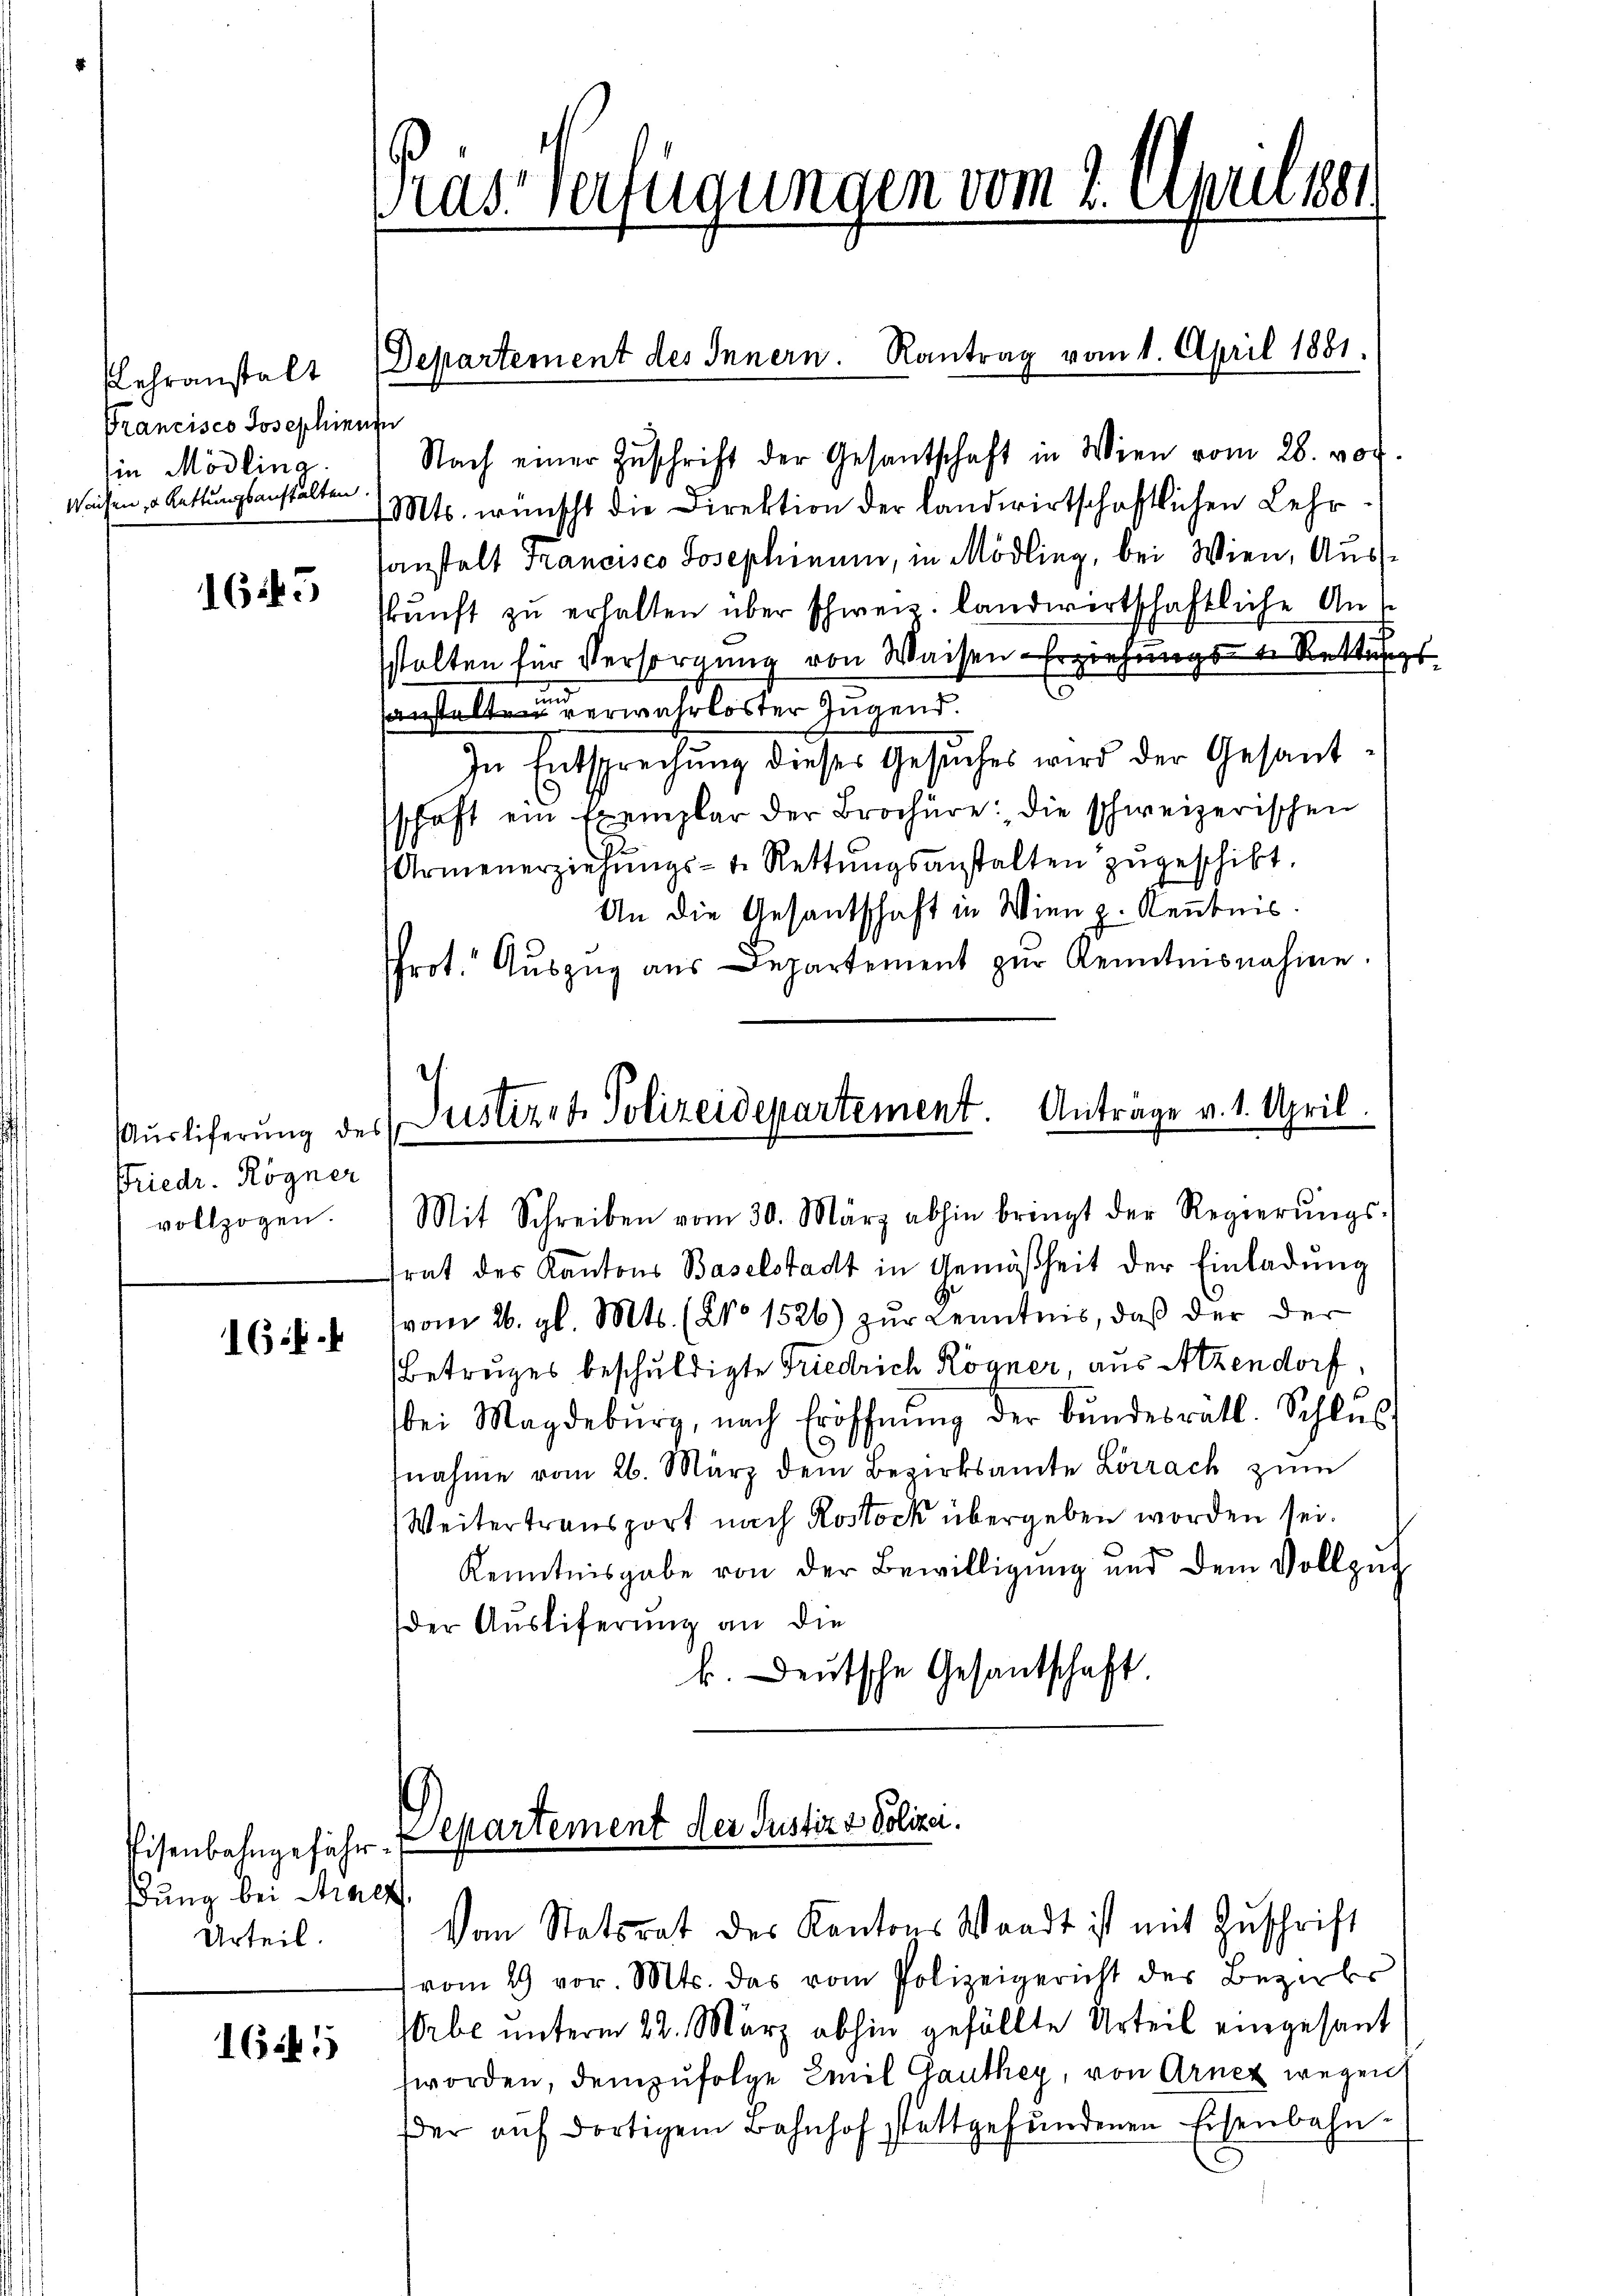
Fehranstalt
Francisco Josephinn
in Mödling.
Weisen, Rettungsaufhalten

1645

Friedr. Rögner
vollzogen.

16.4.

Pisenbahngefährdung bei Strae
Urteil.

1645

Pras-Verfügungen vom 2. Sept 1881

Departement des Innern. Rantrag vom 1. April 1881
Nach einer Zŭschrift der Gesantschaft in Wien vom 28. vor.
Mts. wünscht die Direktion der landwirtschaftlichen Lehr
anstalt Francisco Josephinum, in Mödling, bei Wien, Auskunft zu erhalten über schweiz. landwirtschaftliche An
stalten für Versorgung von Waisen-Erziehungs- u. Rettungs
anstalten verwahrloster Jugend.
In Entsprechung dieses Gesuches wird der Gesandschaft ein Exemplar der Brochüre die schweizerischen
Armenerziehŭngs-t. Rettŭngsanstalten zŭgeschikt.
An die Gesantschaft in Wien p. Kenntnis.
rot. Aŭszŭg aŭs Departement zŭr Kenntnisnahme.
Auslieferung der Justizet Polizeidepartement. Anträge v. 1. April.

Mit Schreiben vom 30. März abhin bringt der Regierŭngs-

frat des Kantons Baselstadt in Gemäßheit der Einladung
vom 26. gl. Mts. (No 1526) zur Kenntnis, daß der der
(Betruges beschuldigte Friedrich Rögner, aus Atzendorf,
bei Magdeburg, nach Eröffnŭng der Bŭndesrätl. Schlŭs
nahme vom 26. März dem Bezirksamte Lörrach zŭm
Weitertransport nach Rostock übergeben worden sei.
Kenntnisgabe von der Bewilligung und dem Vollzug
der Auslieferung an die
k. Deutsche Gesantschaft.

Departement der Justiz & Polizei.

.
Von Statsrat des Kantons Waadt ist mit Zuschrift
vom 29. vor. Mts. das vom Polizeigericht des Bezirks
Orbe unterm 22. März abhin gefällte Urteil eingesant
worden, demzufolge Emil Ganthey, von Arnez wegen
der aŭf dortigem Bahnhof stattgefŭndenen Eisenbahn.